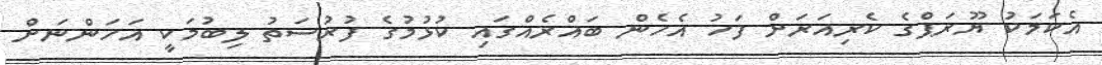
އެކަމަކު ޔޫރަޕްގެ ކެރިއަރަށް ފަހު އެހެން ބައްރެއްގައި ކުޅުމުގެ ފުރުސަތު ލިބުމަކީ އަހަންނަށް